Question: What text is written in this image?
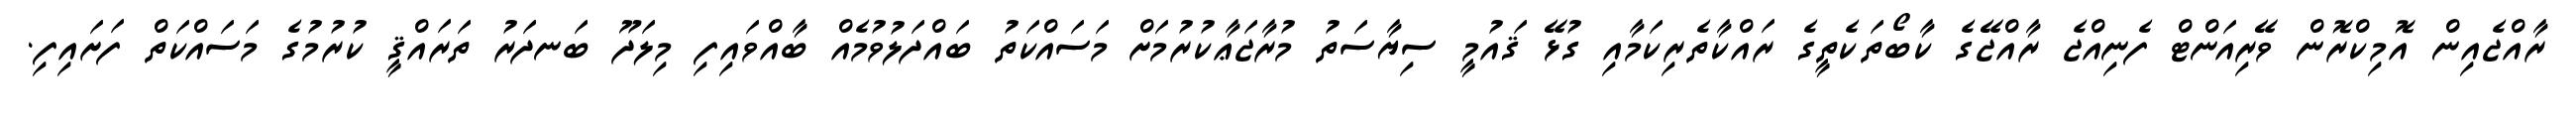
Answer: ރާއްޖެއިން އޮމިކްރޮން ވޭރިއަންޓް ފެނިއްޖެ ރާއްޖޭގެ ކާބޯތަކެތީގެ ރައްކާތެރިކަމާއި ގުޅޭ ޤައުމީ ސިޔާސަތު މުރާޖަޢާކުރުމަށް މަސައްކަތު ބައްދަލުވުމެއް ބާއްވައިފި މިލަދޫ ބަނދަރު ތަރައްޤީ ކުރުމުގެ މަސައްކަތް ފަށައިފި.